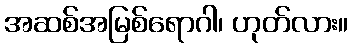
အဆစ်အမြစ်ရောဂါ၊ ဟုတ်လား။